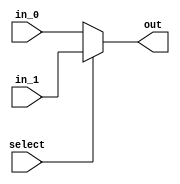
module mux_2to1 (
    input wire in_0,
    input wire in_1,
    input wire select,
    output reg out
);

always @ (select)
begin
    if (select == 1'b0)
        out = in_0;
    else
        out = in_1;
end

endmodule